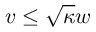
v \le \sqrt { \kappa } w